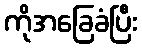
ကိုအခြေခံပြီး